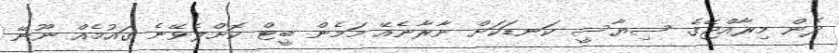
ދެން މިރާއްޖޭގެ ސިޔާސީ ކަނޑަކަށް ނާރާނެއޭ މަމެން ބީޓް ކޮށްލެވޭނެ ގައުމެއް ނޫނޭ